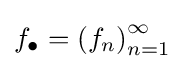
f_{\bullet }=\left(f_{n}\right)_{n=1}^{\infty }